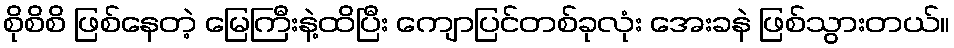
စိုစိစိ ဖြစ်နေတဲ့ မြေကြီးနဲ့ထိပြီး ကျောပြင်တစ်ခုလုံး အေးခနဲ ဖြစ်သွားတယ်။